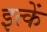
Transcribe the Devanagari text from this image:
इत्कें